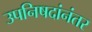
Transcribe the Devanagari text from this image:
उपनिषदांनंतर